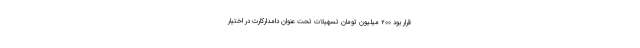
قرار بود ۲۰۰ میلیون تومان تسهیلات تحت عنوان دامدارکارت در اختیار